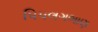
પિપલગભાણ